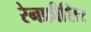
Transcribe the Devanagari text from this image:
रेनफ्रीशिर